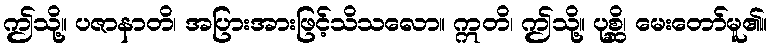
ဤသို့။ ပဇာနာတိ၊ အပြားအားဖြင့်သိသလော။ ဣတိ၊ ဤသို့။ ပုစ္ဆိ၊ မေးတော်မူ၏။